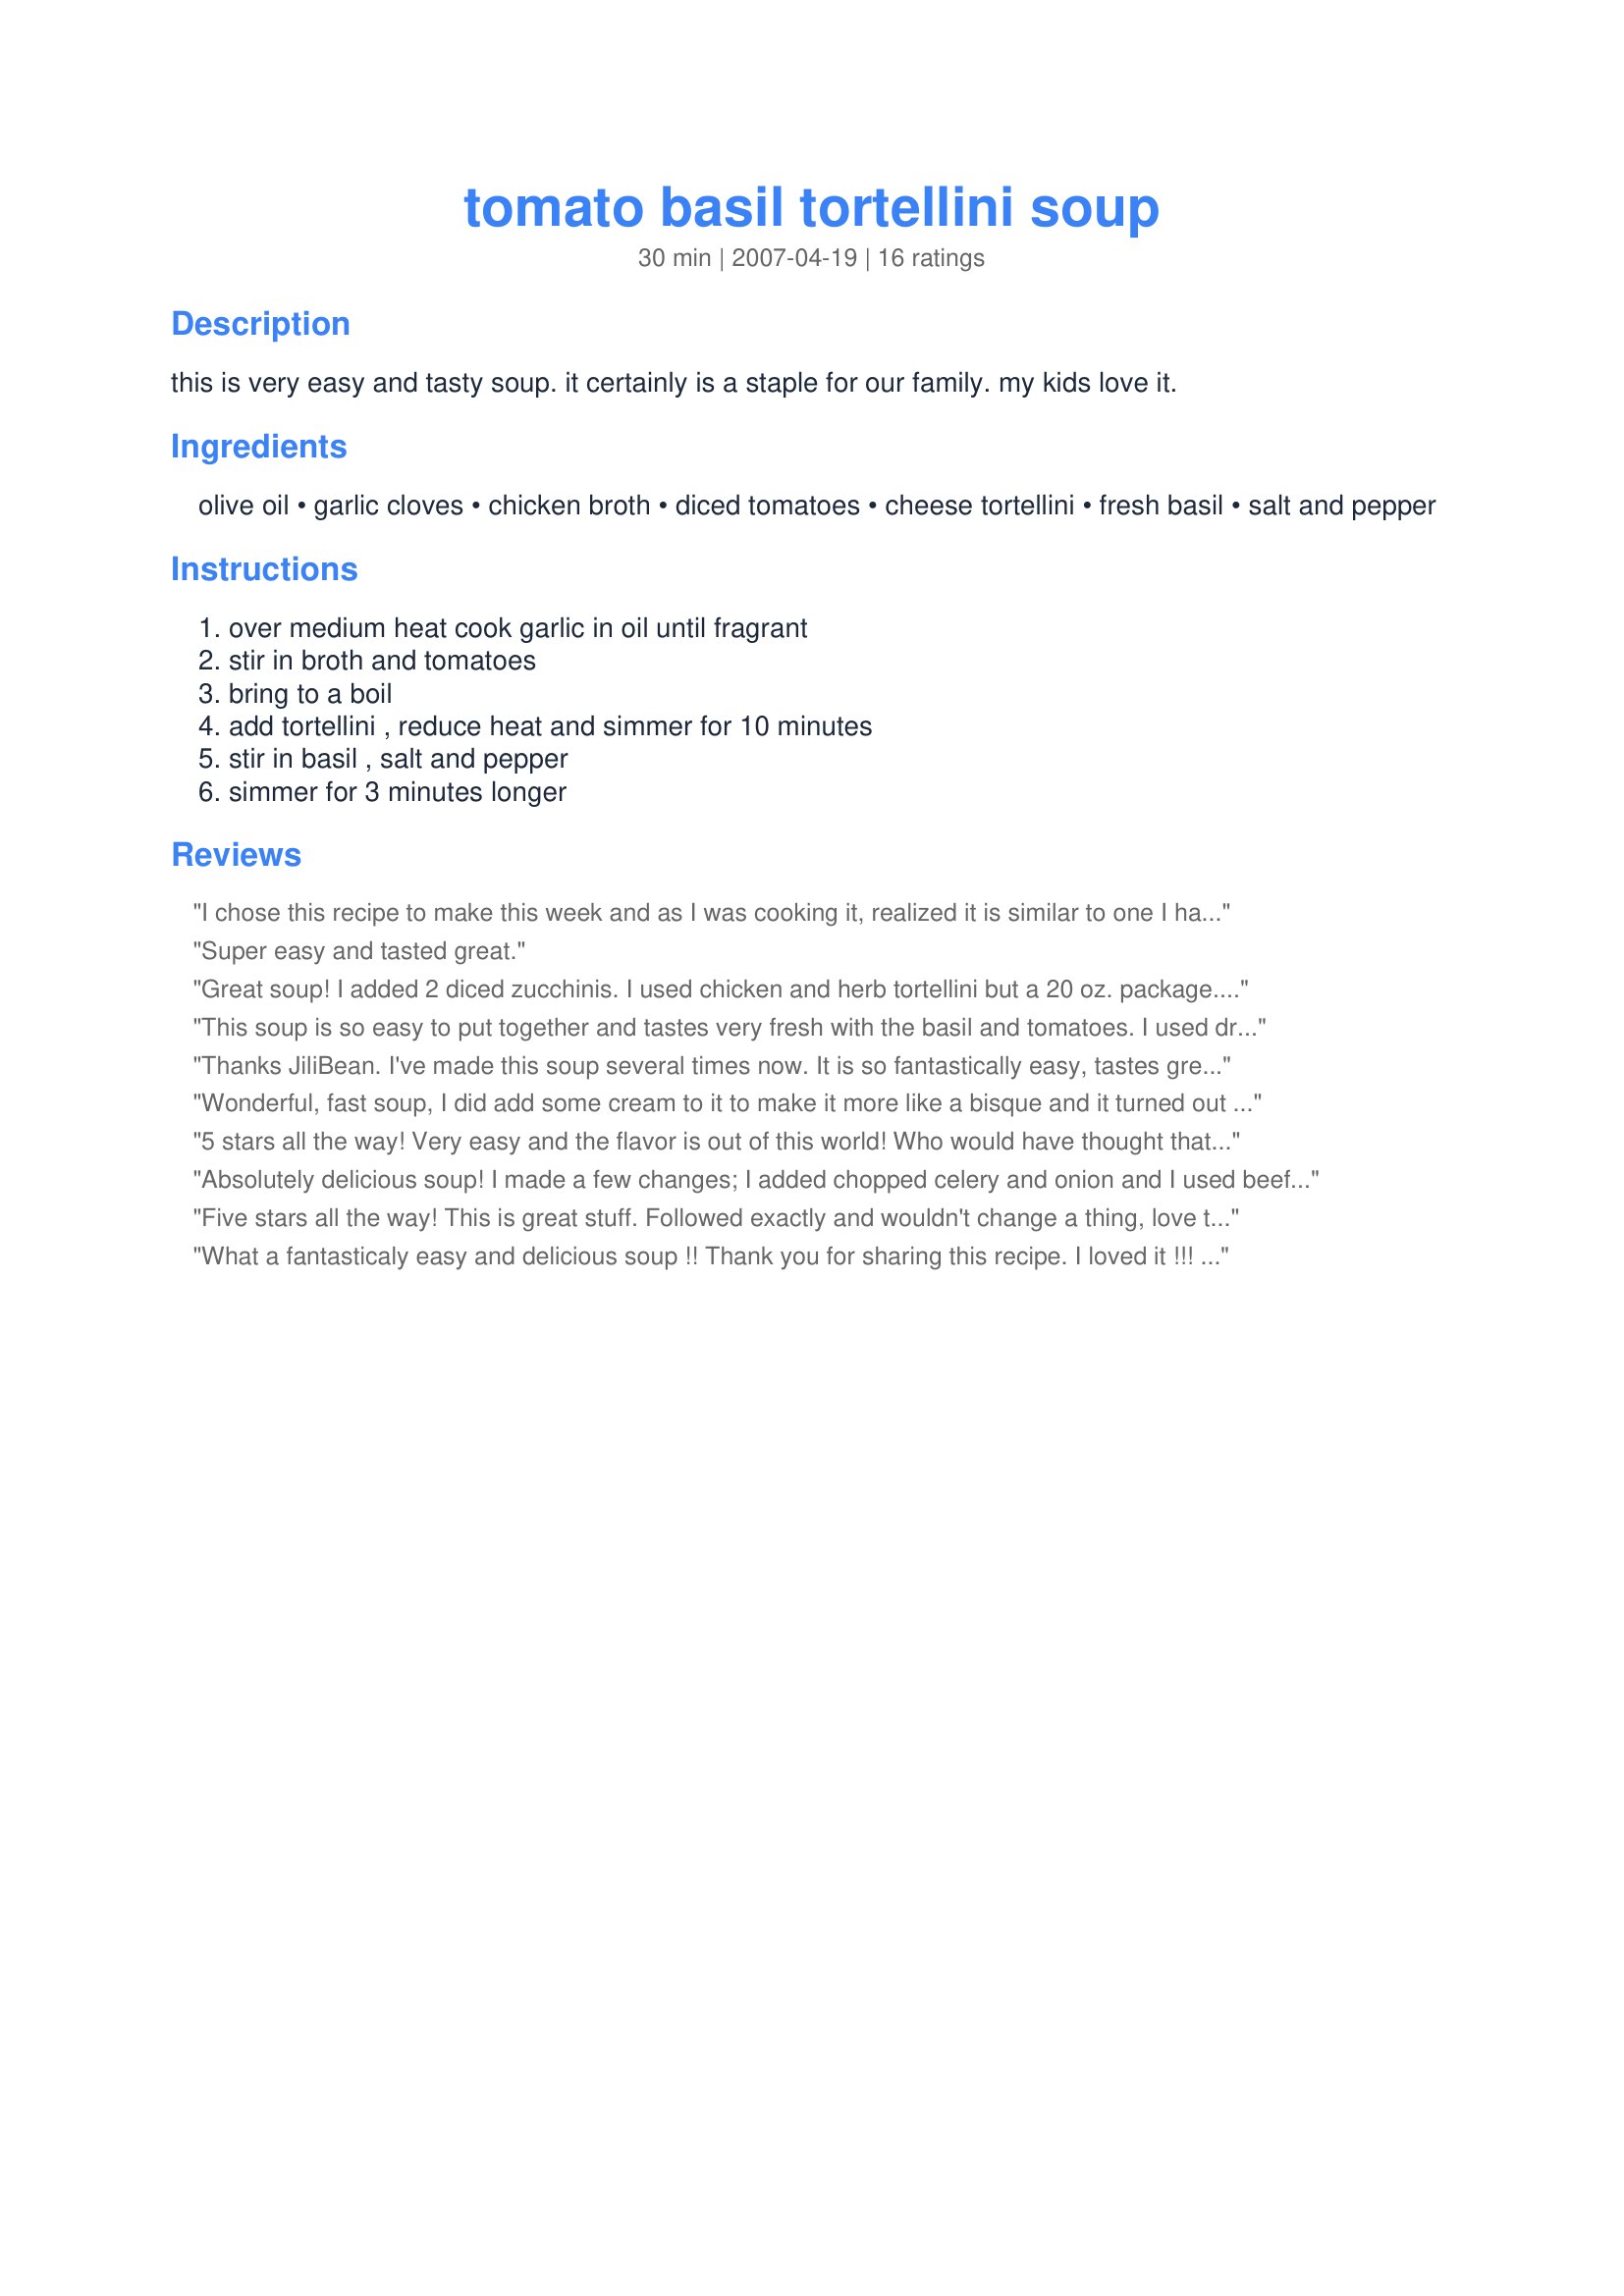
tomato basil tortellini soup
Preparation time: 30 minutes

this is very easy and tasty soup. it certainly is a staple for our family. my kids love it.

Ingredients:
olive oil, garlic cloves, chicken broth, diced tomatoes, cheese tortellini, fresh basil, salt and pepper

Steps:
over medium heat cook garlic in oil until fragrant, stir in broth and tomatoes, bring to a boil, add tortellini , reduce heat and simmer for 10 minutes, stir in basil , salt and pepper, simmer for 3 minutes longer

Reviews:
I chose this recipe to make this week and as I was cooking it, realized it is similar to one I have posted. The exceptions are the addition of pepperoni slices and Parmesan cheese, so I went ahead and added the pepperoni, and sprinkled with Parmesan cheese at the end. This is a wonderful, filling soup.
Super easy and tasted great.
Great soup! I added 2 diced zucchinis. I used chicken and herb tortellini but a 20 oz. package. I added V-8 juice to make more of the soup part for all that tortellini. I also used Hunt's diced tomatoes with garlic, basil and oregano. Oh so good!
This soup is so easy to put together and tastes very fresh with the basil and tomatoes. I used dried pesto tortellini and next time I'll use only half the amount of tortellini since it seemed to soak up a lot of the broth. It was so flavorful I just Loved it!
Thanks JiliBean. I've made this soup several times now. It is so fantastically easy, tastes great and a breeze to make. I do make it in the crock pot in the a.m. and the house smells fantastic when we get home in the evening.
Wonderful, fast soup, I did add some cream to it to make it more like a bisque and it turned out perfect...will make many times I bet...
5 stars all the way! Very easy and the flavor is out of this world! Who would have thought that these simple incredients would turn out such a flavorful soup? This will definately make our regular rotation.
Absolutely delicious soup! I made a few changes; I added chopped celery and onion and I used beef a ricotta filled tortellini because that's all the store had that day! This was a big hit in my house, thanks for sharing!! :)
Five stars all the way! This is great stuff. Followed exactly and wouldn't change a thing, love that it's low fat and healthy. I did use low sodium chicken broth & didn't add salt & pepper - really didn't need it. Thanks for sharing! :)
What a fantasticaly easy and delicious soup !! Thank you for sharing this recipe. I loved it !!! I did add a little sugar to cut the acid from my tomatos, other than that, it was a perfect soup for a cool day !
Wonderful aroma & flavor! I agree with previous poster, when reheating it's best to add a bit of extra water or broth. This soup is even better after reheating, just remember that the pasta will thicken it more to a stew consistancy, hence the added broth. Thank you for a terrific addition to my cookbook!
Simply amazing flavor. My pickiest soup eater noted it was delicious. First time I've used fresh basil in recipe - wow! Did chop 2 celery stalks and also diced 1/2 onion which I added at the beginning to the soup. Thank you for posting the recipe.
Delicious, I wasn&#039;t sure about the diced tomatoes because I don&#039;t like cooked tomatoes (the texture, not the flavor)but this was wonderful. I loved the flavor so what I did was puree 3/4 of the soup once it cooled a little then added it back to the pot with the other 1/4. I was much happier with the texture. The flavor was incredible, thanks for sharing. It was a nice change on a cold snowy night, made me want to be in the garden......come on spring!Thanks Jilibean! 4/24/13-just an update, we loved this so much I made a few batches and froze them with the tortellini separately, just defrosted and cooked up ,it was still fabulous. I have added it to my freeze ahead OMC because it did so well. Thanks again.
Best.Soup.EVER! We have this at least once/month! Everyone I have made it for loves it as well. Thanks, Jilibean :)
Wonderful soup. So simple but very flavorful. Smelled great while cooking. I used reduced sodium chicken broth and it was awesome. LOVE that it is also healthy and lowfat.
Loved it! Everyone in the family really enjoyed this one.
